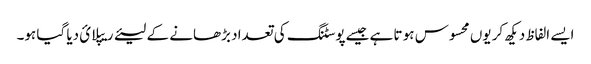
ایسے الفاظ دیکھ کر یوں محسوس ہو تا ہے جیسےپوسٹنگ کی تعداد بڑھانے کے لیئے ریپلائ دیا گیا ہو۔